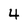
Character: 4